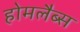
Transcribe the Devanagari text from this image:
होमलैब्स